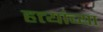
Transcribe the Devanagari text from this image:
हत्त्यांच्या